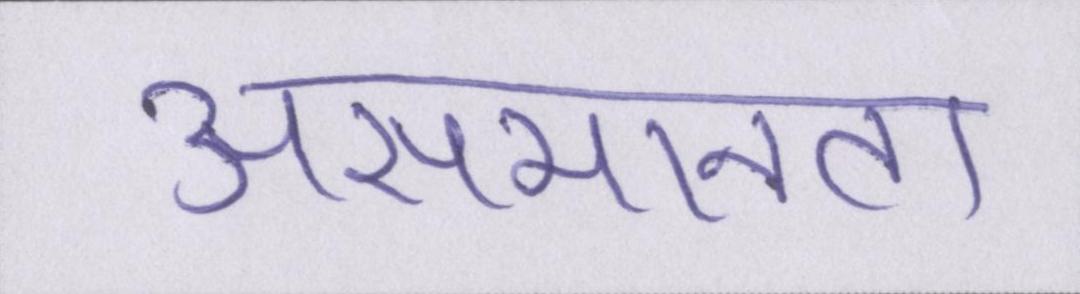
असमानता